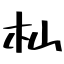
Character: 杣